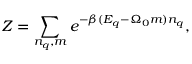
Z = \sum _ { n _ { q } , m } e ^ { - \beta ( E _ { q } - \Omega _ { 0 } m ) n _ { q } } ,